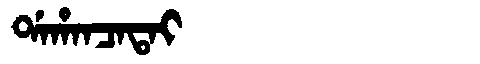
Manchu: ᡩᠠᡥᠠᠨᠴᠠᡨᠠᡳ
Romanization: DAHANCATAI